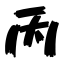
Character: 丙